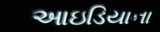
આઇડિયાના